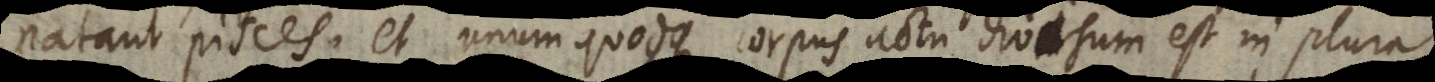
natant pisces; et unumquodque corpus actu divisum est in plura